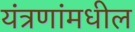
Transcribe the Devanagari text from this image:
यंत्रणांमधील